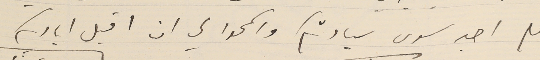
فلم اجد سوى سيادتكم واسمحوا لي ان اقبل اياديكم